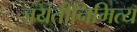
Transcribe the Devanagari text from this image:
जयंतीनिमित्य